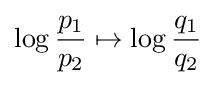
\log {\frac {p_{1}}{p_{2}}}\mapsto \log {\frac {q_{1}}{q_{2}}}